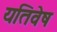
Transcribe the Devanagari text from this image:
यतिवेष